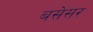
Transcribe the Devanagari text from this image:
बसेसर